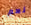
نعم